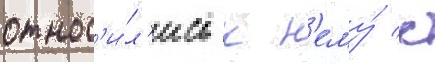
относ'и́л'ись к н'ему́ с